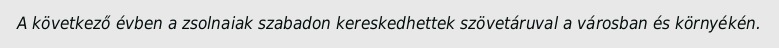
A következő évben a zsolnaiak szabadon kereskedhettek szövetáruval a városban és környékén.